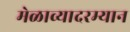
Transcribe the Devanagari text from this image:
मेळाव्यादरम्यान